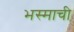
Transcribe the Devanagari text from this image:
भस्माची